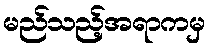
မည်သည့်အရာကမှ